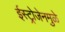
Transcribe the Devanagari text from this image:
ईस्ट्रोजेनमुळे